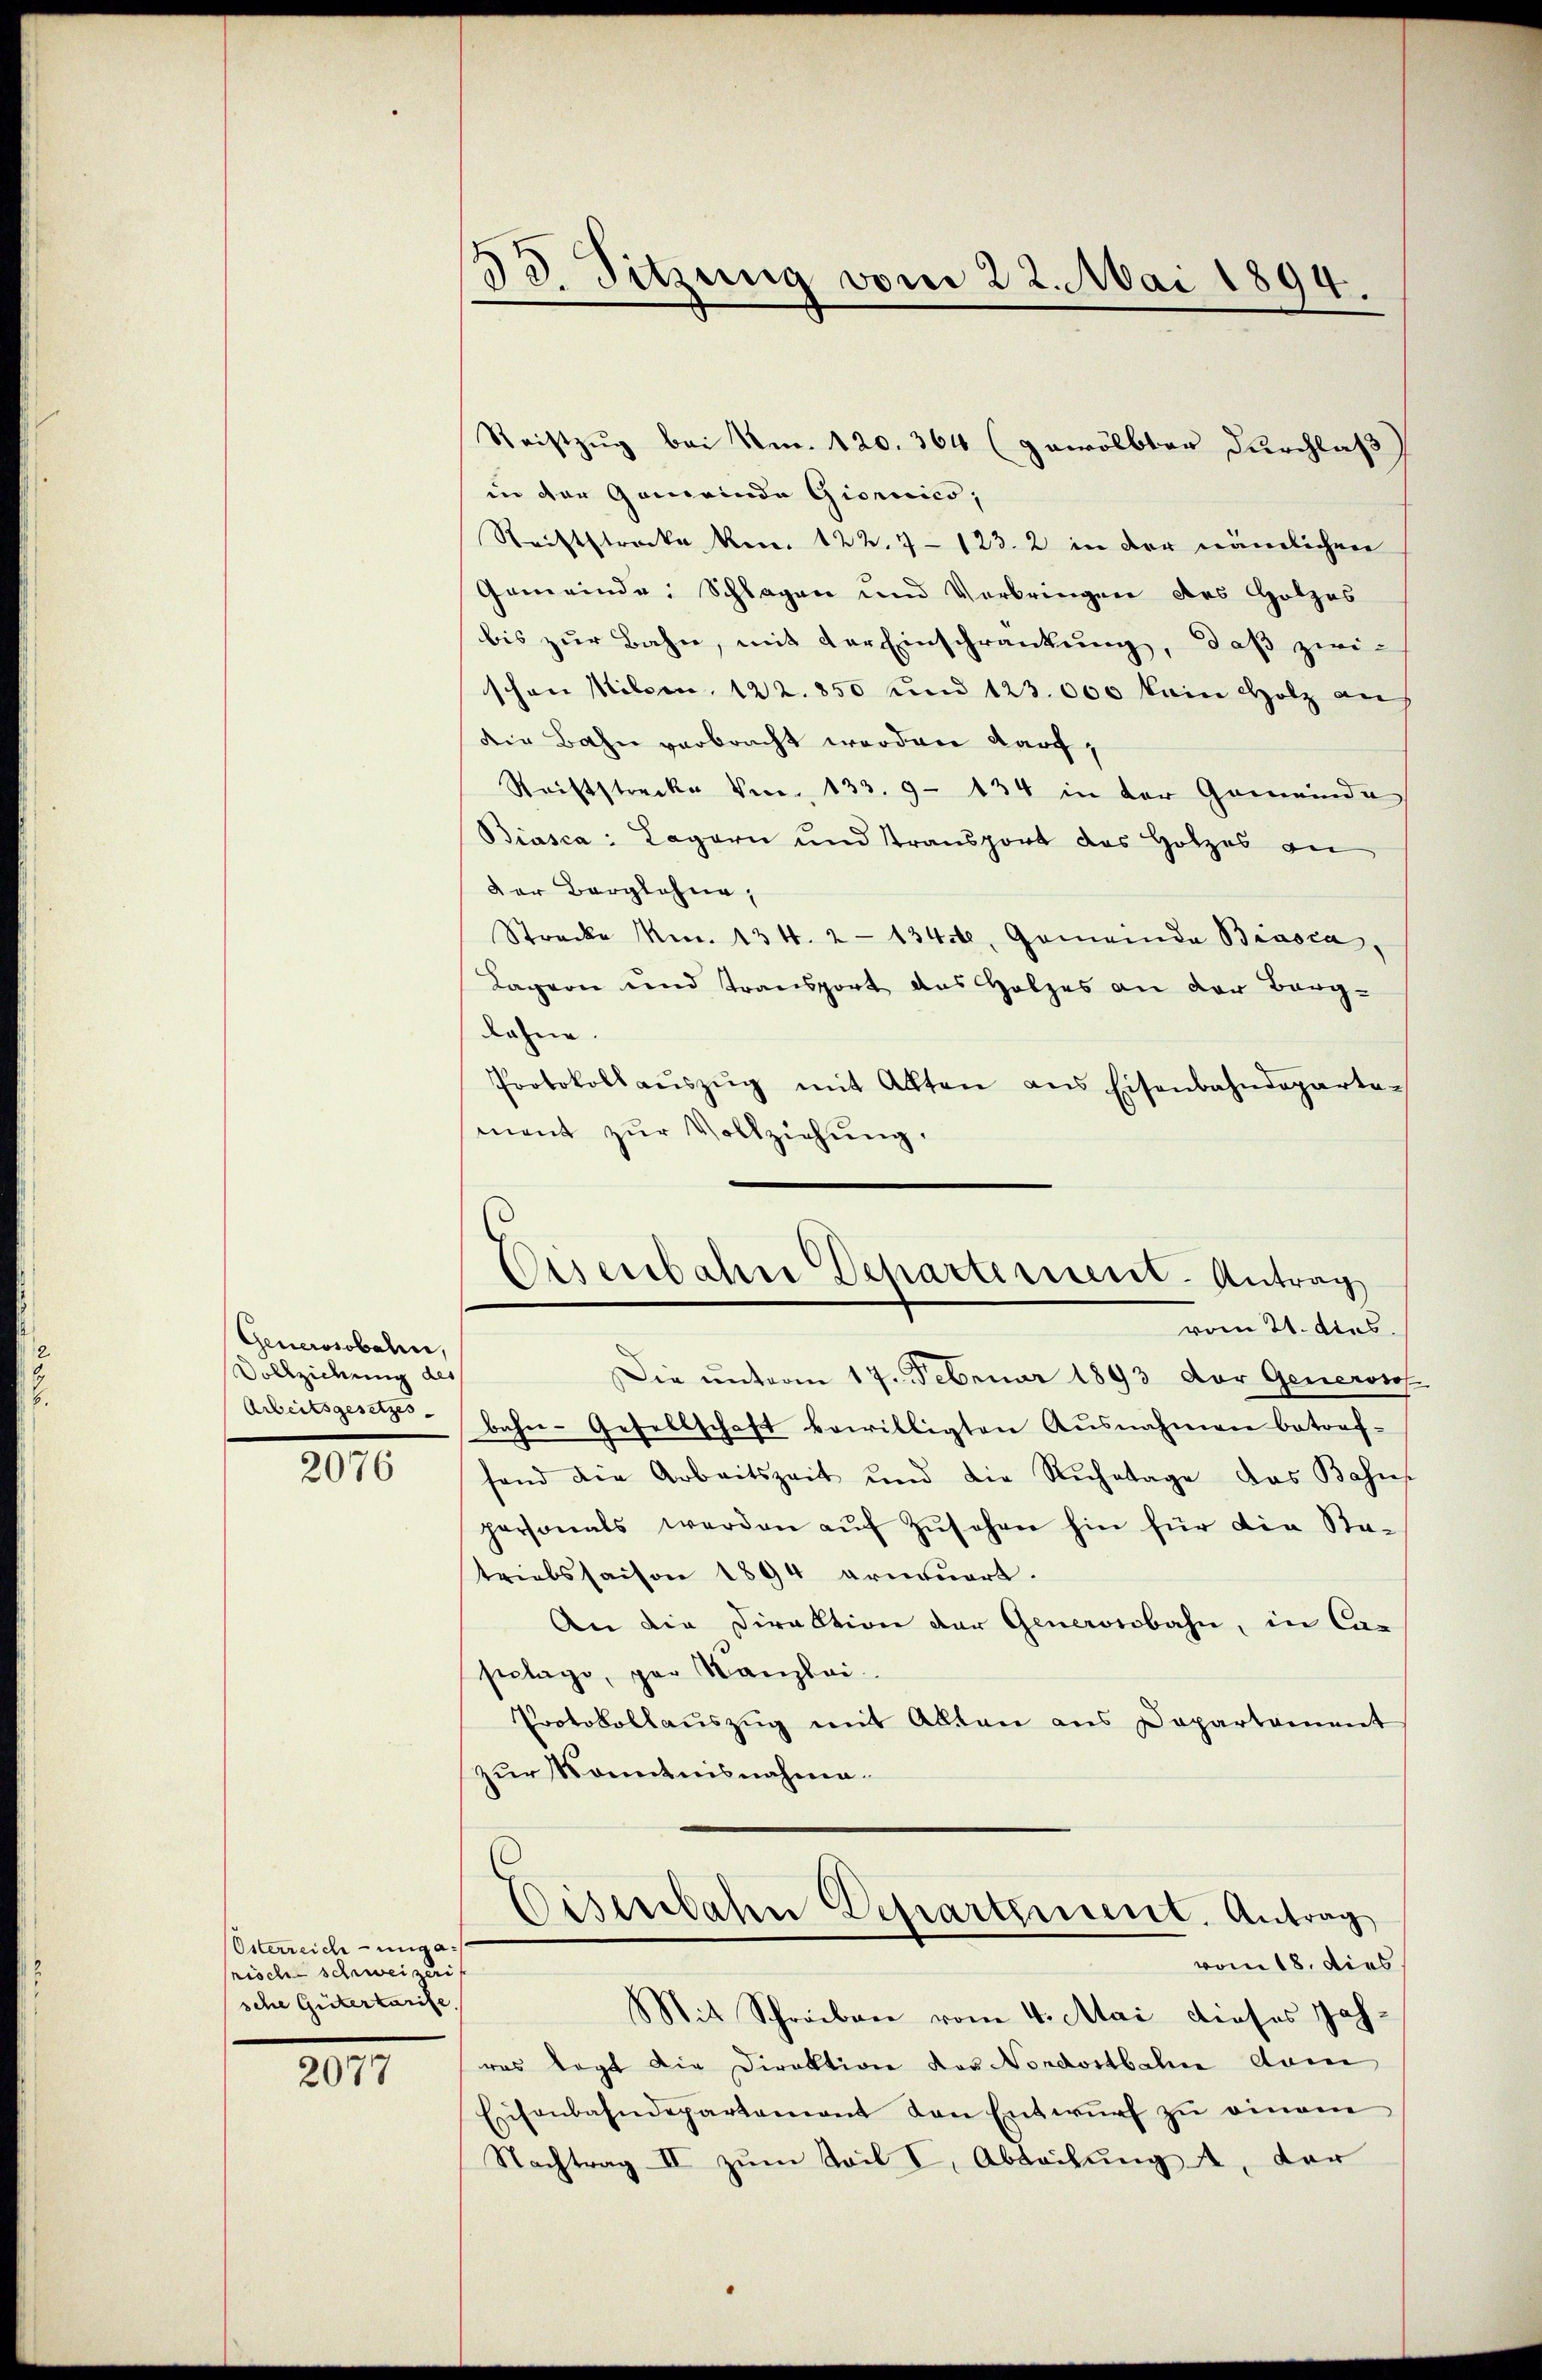
Generstobahn,
Vollziehung des
Arbeitsgesetzes. |

2076

Österreich-ungarisch schweizeris
sche Gütertarife

2077

d 3.
Sitzung vom 22. Mai 1894.

Saistzug bei Am. 120. 364 (gewölbter Durchlaß
in der Gemeinde Giornico,
Raiftstrecke ken. 122. 7 - 123. 2 in der nämlichen
Gemeinde: Splügen und Verbringen des Holzes
bis zur Bahn, mit der Einschränkung, daß zwi-
schon Wilsen, 122. 850 und 123.000 kain Holz an
die Bahn verbracht werden darf,
Saiftstrecke von 133. 9 - 134 in der Gemeinde
Biasca: Lagern und Transport das Holzes an
Der Berglehne,
Strecke No. 134. 2134, Gemeinda Biasca,
Lagion und Transport das Holzes an der Berg-
lohne.
Protokoll aŭszŭg mit Alten ans Eisenbahndeparta-
ment zŭr Vollziehung.
Die unterm 17. Februar 1893 der Generosos
bahn-Gesellschaft bewilligten Ausnahmen betorf-
fand die Arbeitszeit und die Ruhetage das Bahns
personals werden aŭf Zŭsehen hin für die Sta-
triebssaison 1894 arnuert.
An die Direktion der Generosobahn, in Caseplage, par Kanzlei-
Protokollauszug mit Alten aus Departement
zur Kenntnisnahme.
Eisenbahn Departement. Antrag
vom 18. dies
Mit Schreiben vom 4. Mai dieses Jahwas legt die Direktion der Nordostbahn dam
Eisenbahndepartamant von Entwŭrf zŭ eingen
Nachtrag II zŭm Sail I, Abweichung , der

Eisenbahn Departement. Antrag
vom 21. dies